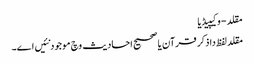
مقلد - وکیپیڈیا
مقلد لفظ دا ذکر قرآن یا صحیح احادیث وچ موجود نئیں ا‏‏ے۔